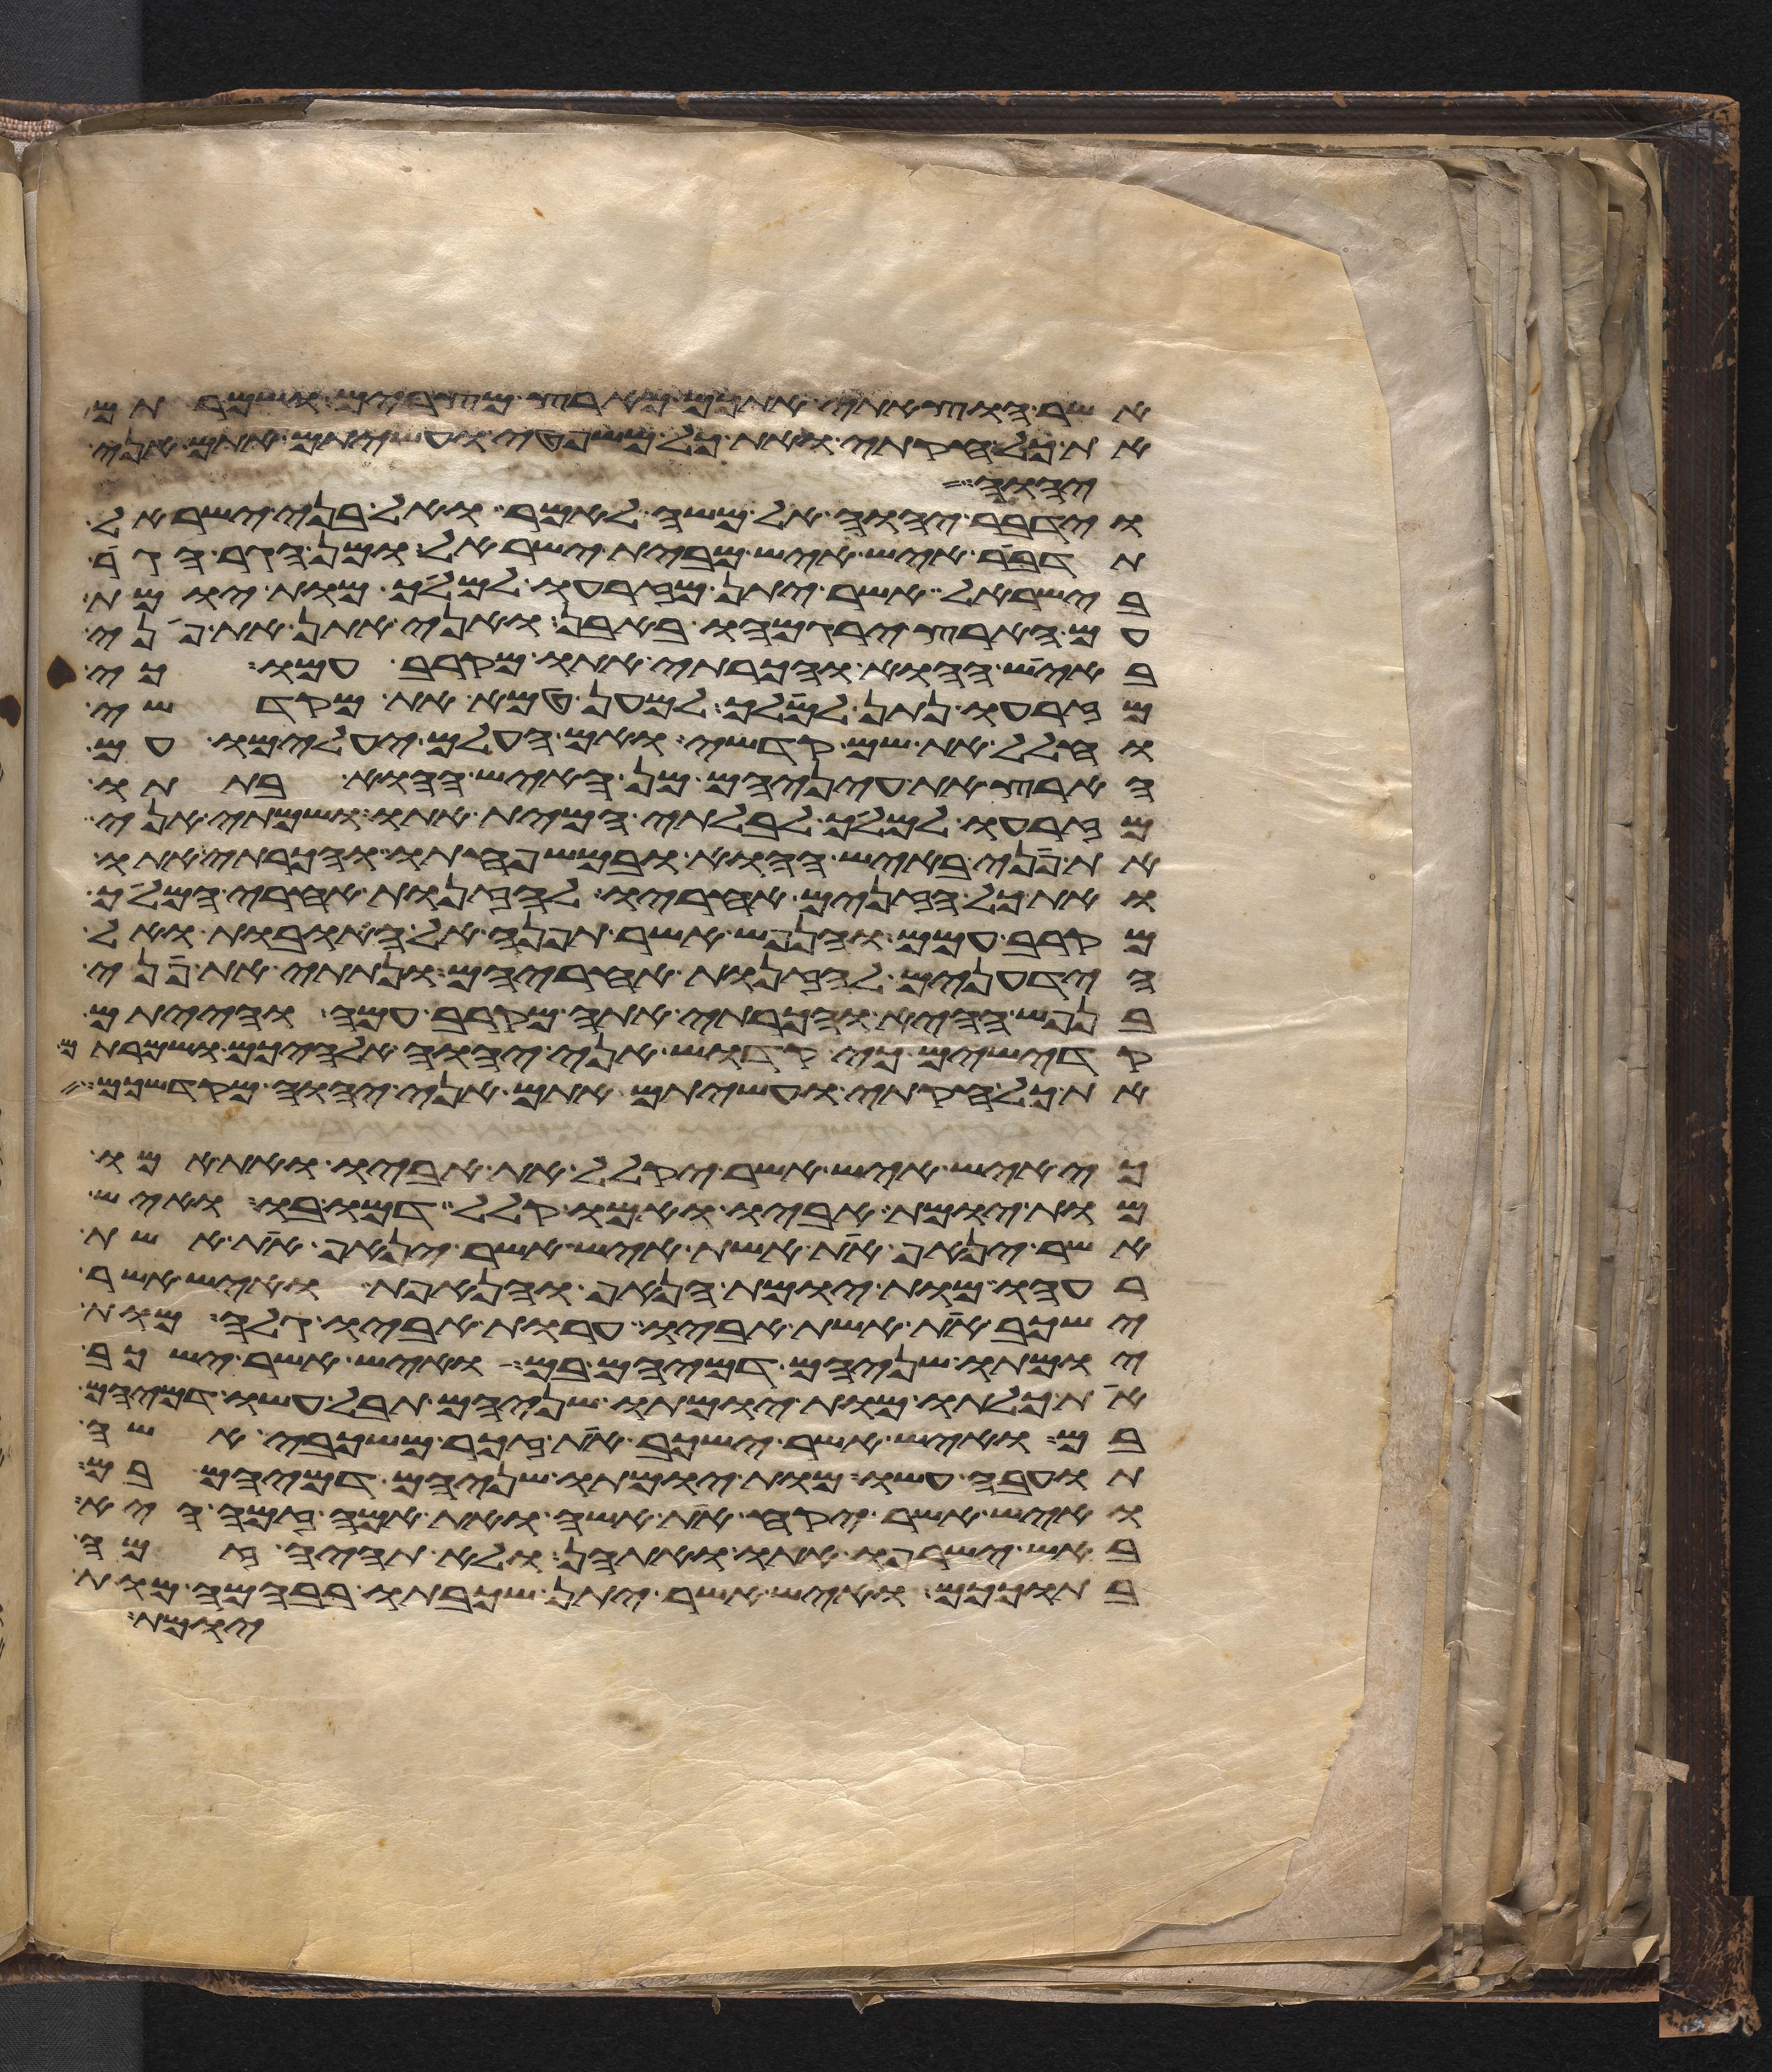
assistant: אשר הוצאתי אתכם מארץ מצרים ושמרתם
את כל חקותי ואת כל משפטי ועשיתם אתם אני
יהוה
וידבר יהוה אל משה לאמר ואל בני ישראל
תדבר איש איש מבית ישראל ומן הגר הגר
בישראל אשר יתן מזרעו למלך מות יומת
עם הארץ ירגמהו באבן ואני אתן את פני
באיש ההוא והכרתי אתו מקרב עמו כי
מזרעו נתן למלך למען טמא את מקדשי
וחלל את שם קדשי ואם העלם יעלמו עם
הארץ את עיניהם מן האיש ההוא בתתו
מזרעו למלך לבלתי המית אתו ושמתי אני
את פני באיש ההוא ובמשפחתו והכרתי אתו
ואת כל הזנים אחריו לזנות אחרי המלך
מקרב עמם והנפש אשר תפנה אל האובות ואל
הידעונים לזנות אחריהם ונתתי את פני
בנפש ההיא והכרתי אתה מקרב עמה והייתם
קדישים כי קדוש אני יהוה אלהיכם ושמרתם
את כל חקותי ועשיתם אתם אני יהוה מקדשכם
כי איש איש אשר יקלל את אביו ואת אמו
מות יומת אביו ואמו קלל דמו בו ואיש
אשר ינאף את אשת איש אשר ינאף את אשת
רעהו מות יומת הנאף והנאפת ואיש אשר
ישכב את אשת אביו ערות אביו גלה מות
יומתו שניהם דמיהם בם ואיש אשר ישכב
את כלתו מות יומתו שניהם תבל עשו דמיהם
בם ואיש אשר ישכב את זכר משכבי אשה
תועבה עשו מות יומתו שניהם דמיהם בם
ואיש אשר יקח את אשה ואת אמה זמה היא
באש ישרפו אתו ואתהן ולא תהיה זמה
בתוככם ואיש אשר יתן שכבתו בבהמה מות
יומת